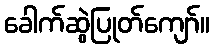
ခေါက်ဆွဲပြုတ်ကျော်။